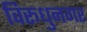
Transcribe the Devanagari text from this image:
विरूधुनगर